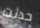
حدثت